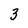
Character: 3